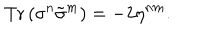
LaTeX: \mathrm { T r } \, ( \sigma ^ { n } \tilde { \sigma } ^ { m } ) = - 2 \eta ^ { n m } .